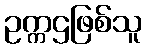
ဥက္ကဌဖြစ်သူ